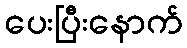
ပေးပြီးနောက်